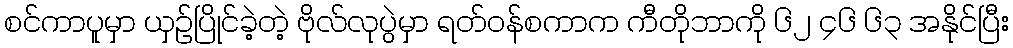
စင်ကာပူမှာ ယှဉ်ပြိုင်ခဲ့တဲ့ ဗိုလ်လုပွဲမှာ ရတ်ဝန်စကာက ကီတိုဘာကို ၆၂ ၄၆ ၆၃ အနိုင်ပြီး